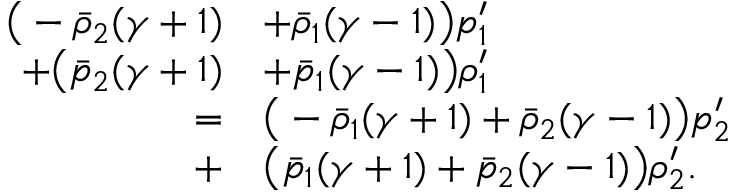
\begin{array} { r l } { \big ( - \bar { \rho } _ { 2 } ( \gamma + 1 ) } & { + \bar { \rho } _ { 1 } ( \gamma - 1 ) \big ) p _ { 1 } ^ { \prime } } \\ { + \big ( \bar { p } _ { 2 } ( \gamma + 1 ) } & { + \bar { p } _ { 1 } ( \gamma - 1 ) \big ) \rho _ { 1 } ^ { \prime } } \\ { = } & { \big ( - \bar { \rho } _ { 1 } ( \gamma + 1 ) + \bar { \rho } _ { 2 } ( \gamma - 1 ) \big ) p _ { 2 } ^ { \prime } } \\ { + } & { \big ( \bar { p } _ { 1 } ( \gamma + 1 ) + \bar { p } _ { 2 } ( \gamma - 1 ) \big ) \rho _ { 2 } ^ { \prime } . } \end{array}